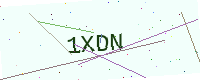
Text: 1XDN